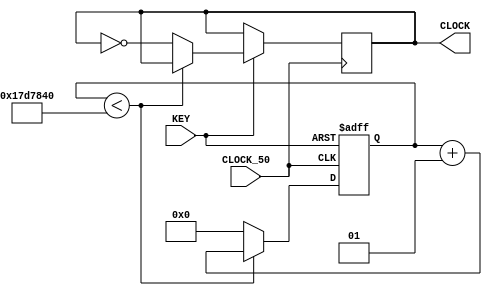
module realClock(
	input CLOCK_50,
	input [0:0]KEY,
	output reg CLOCK
);

integer count=0;
integer frequency;

always @(posedge CLOCK_50,negedge KEY[0])
begin	
	if(KEY[0]==0)
		count=0;
	else 
	begin
        if(count<25000000)
            count=count+1;
        else
         begin 
            CLOCK=~CLOCK;
            count=0;
         end
	end
end 	

endmodule